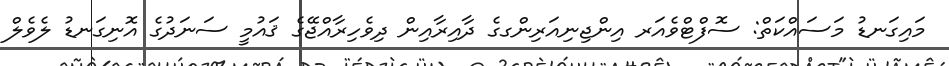
މައިގަނޑު މަސައްކަތް: ސޮފްޓްވެއަރ އިންޖިނިއަރިންގގެ ދާއިރާއިން ދިވެހިރާއްޖޭގެ ޤައުމީ ސަނަދުގެ އޮނިގަނޑު ލެވެލް